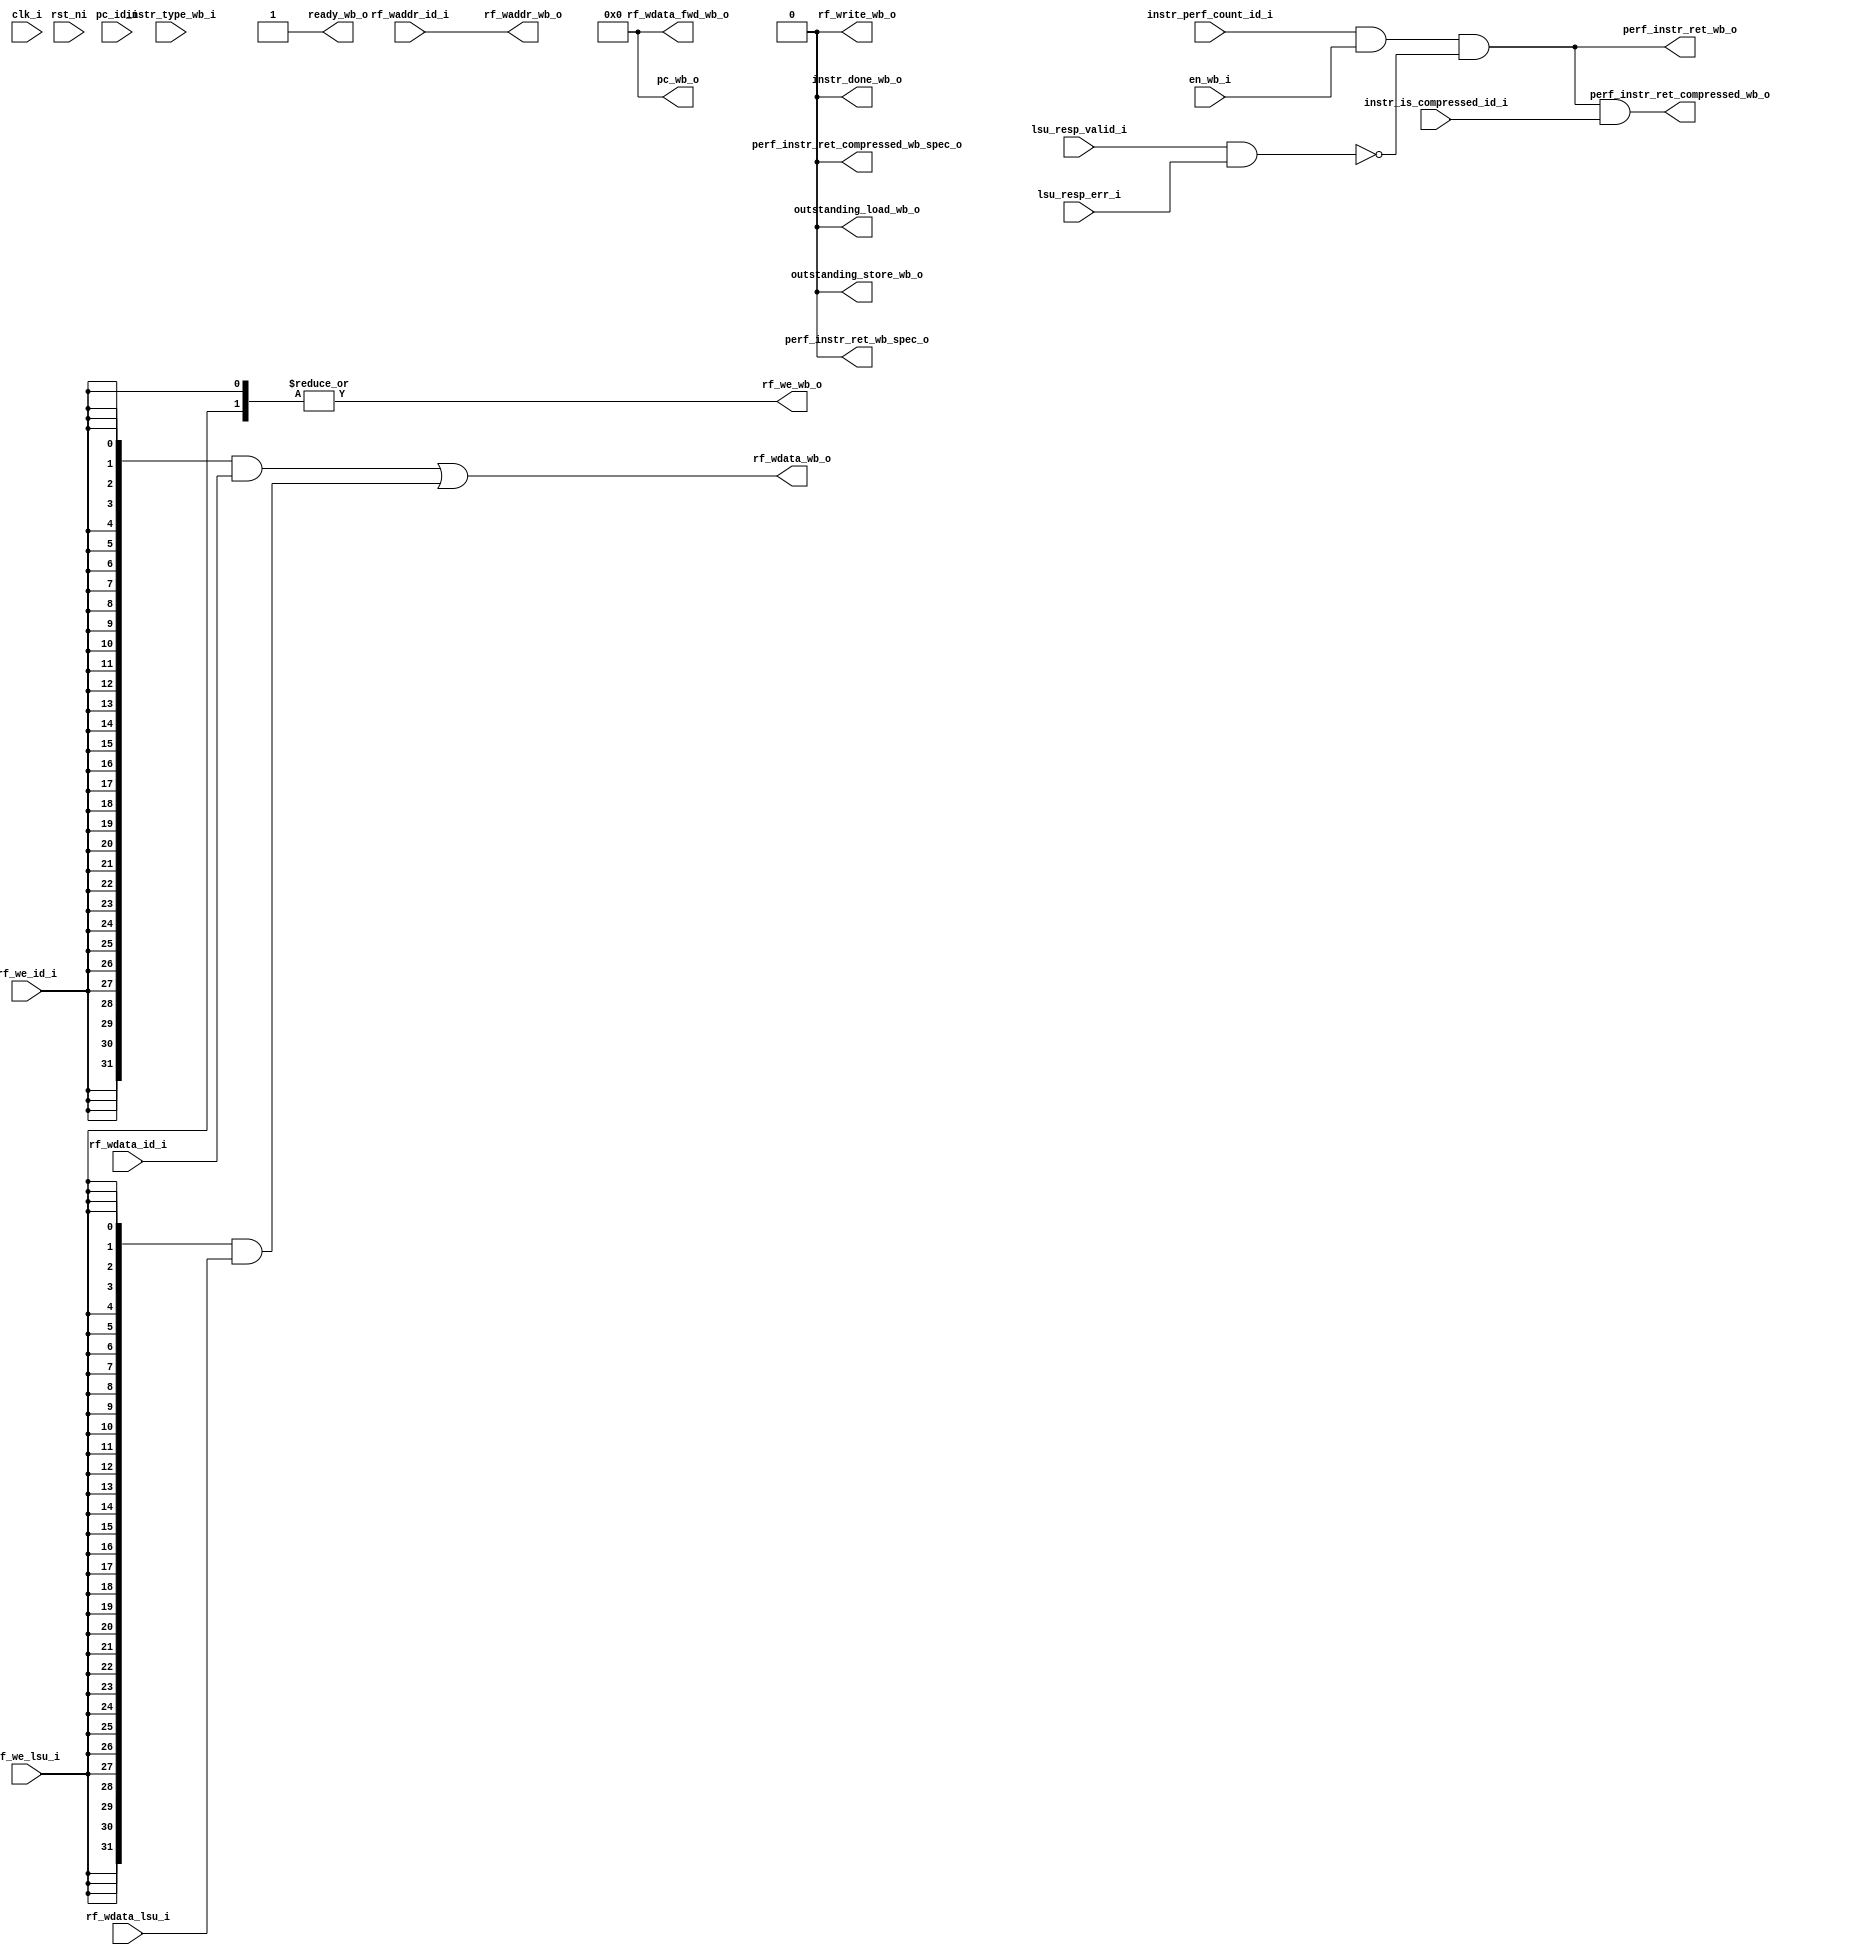
module cve2_wb_stage (
	clk_i,
	rst_ni,
	en_wb_i,
	instr_type_wb_i,
	pc_id_i,
	instr_is_compressed_id_i,
	instr_perf_count_id_i,
	ready_wb_o,
	rf_write_wb_o,
	outstanding_load_wb_o,
	outstanding_store_wb_o,
	pc_wb_o,
	perf_instr_ret_wb_o,
	perf_instr_ret_compressed_wb_o,
	perf_instr_ret_wb_spec_o,
	perf_instr_ret_compressed_wb_spec_o,
	rf_waddr_id_i,
	rf_wdata_id_i,
	rf_we_id_i,
	rf_wdata_lsu_i,
	rf_we_lsu_i,
	rf_wdata_fwd_wb_o,
	rf_waddr_wb_o,
	rf_wdata_wb_o,
	rf_we_wb_o,
	lsu_resp_valid_i,
	lsu_resp_err_i,
	instr_done_wb_o
);
	parameter [0:0] WritebackStage = 1'b0;
	input wire clk_i;
	input wire rst_ni;
	input wire en_wb_i;
	input wire [1:0] instr_type_wb_i;
	input wire [31:0] pc_id_i;
	input wire instr_is_compressed_id_i;
	input wire instr_perf_count_id_i;
	output wire ready_wb_o;
	output wire rf_write_wb_o;
	output wire outstanding_load_wb_o;
	output wire outstanding_store_wb_o;
	output wire [31:0] pc_wb_o;
	output wire perf_instr_ret_wb_o;
	output wire perf_instr_ret_compressed_wb_o;
	output wire perf_instr_ret_wb_spec_o;
	output wire perf_instr_ret_compressed_wb_spec_o;
	input wire [4:0] rf_waddr_id_i;
	input wire [31:0] rf_wdata_id_i;
	input wire rf_we_id_i;
	input wire [31:0] rf_wdata_lsu_i;
	input wire rf_we_lsu_i;
	output wire [31:0] rf_wdata_fwd_wb_o;
	output wire [4:0] rf_waddr_wb_o;
	output wire [31:0] rf_wdata_wb_o;
	output wire rf_we_wb_o;
	input wire lsu_resp_valid_i;
	input wire lsu_resp_err_i;
	output wire instr_done_wb_o;
	wire [31:0] rf_wdata_wb_mux [0:1];
	wire [1:0] rf_wdata_wb_mux_we;
	generate
		if (WritebackStage) begin : g_writeback_stage
			reg [31:0] rf_wdata_wb_q;
			reg rf_we_wb_q;
			reg [4:0] rf_waddr_wb_q;
			wire wb_done;
			reg wb_valid_q;
			reg [31:0] wb_pc_q;
			reg wb_compressed_q;
			reg wb_count_q;
			reg [1:0] wb_instr_type_q;
			wire wb_valid_d;
			assign wb_valid_d = (en_wb_i & ready_wb_o) | (wb_valid_q & ~wb_done);
			assign wb_done = (wb_instr_type_q == 2'd2) | lsu_resp_valid_i;
			always @(posedge clk_i or negedge rst_ni)
				if (!rst_ni)
					wb_valid_q <= 1'b0;
				else
					wb_valid_q <= wb_valid_d;
			if (1) begin : g_wb_regs
				always @(posedge clk_i or negedge rst_ni)
					if (!rst_ni) begin
						rf_we_wb_q <= 1'sb0;
						rf_waddr_wb_q <= 1'sb0;
						rf_wdata_wb_q <= 1'sb0;
						wb_instr_type_q <= 2'd0;
						wb_pc_q <= 1'sb0;
						wb_compressed_q <= 1'sb0;
						wb_count_q <= 1'sb0;
					end
					else if (en_wb_i) begin
						rf_we_wb_q <= rf_we_id_i;
						rf_waddr_wb_q <= rf_waddr_id_i;
						rf_wdata_wb_q <= rf_wdata_id_i;
						wb_instr_type_q <= instr_type_wb_i;
						wb_pc_q <= pc_id_i;
						wb_compressed_q <= instr_is_compressed_id_i;
						wb_count_q <= instr_perf_count_id_i;
					end
			end
			assign rf_waddr_wb_o = rf_waddr_wb_q;
			assign rf_wdata_wb_mux[0] = rf_wdata_wb_q;
			assign rf_wdata_wb_mux_we[0] = rf_we_wb_q & wb_valid_q;
			assign ready_wb_o = ~wb_valid_q | wb_done;
			assign rf_write_wb_o = wb_valid_q & (rf_we_wb_q | (wb_instr_type_q == 2'd0));
			assign outstanding_load_wb_o = wb_valid_q & (wb_instr_type_q == 2'd0);
			assign outstanding_store_wb_o = wb_valid_q & (wb_instr_type_q == 2'd1);
			assign pc_wb_o = wb_pc_q;
			assign instr_done_wb_o = wb_valid_q & wb_done;
			assign perf_instr_ret_wb_spec_o = wb_count_q;
			assign perf_instr_ret_compressed_wb_spec_o = perf_instr_ret_wb_spec_o & wb_compressed_q;
			assign perf_instr_ret_wb_o = (instr_done_wb_o & wb_count_q) & ~(lsu_resp_valid_i & lsu_resp_err_i);
			assign perf_instr_ret_compressed_wb_o = perf_instr_ret_wb_o & wb_compressed_q;
			assign rf_wdata_fwd_wb_o = rf_wdata_wb_q;
		end
		else begin : g_bypass_wb
			assign rf_waddr_wb_o = rf_waddr_id_i;
			assign rf_wdata_wb_mux[0] = rf_wdata_id_i;
			assign rf_wdata_wb_mux_we[0] = rf_we_id_i;
			assign perf_instr_ret_wb_spec_o = 1'b0;
			assign perf_instr_ret_compressed_wb_spec_o = 1'b0;
			assign perf_instr_ret_wb_o = (instr_perf_count_id_i & en_wb_i) & ~(lsu_resp_valid_i & lsu_resp_err_i);
			assign perf_instr_ret_compressed_wb_o = perf_instr_ret_wb_o & instr_is_compressed_id_i;
			assign ready_wb_o = 1'b1;
			wire unused_clk;
			wire unused_rst;
			wire [1:0] unused_instr_type_wb;
			wire [31:0] unused_pc_id;
			assign unused_clk = clk_i;
			assign unused_rst = rst_ni;
			assign unused_instr_type_wb = instr_type_wb_i;
			assign unused_pc_id = pc_id_i;
			assign outstanding_load_wb_o = 1'b0;
			assign outstanding_store_wb_o = 1'b0;
			assign pc_wb_o = 1'sb0;
			assign rf_write_wb_o = 1'b0;
			assign rf_wdata_fwd_wb_o = 32'b00000000000000000000000000000000;
			assign instr_done_wb_o = 1'b0;
		end
	endgenerate
	assign rf_wdata_wb_mux[1] = rf_wdata_lsu_i;
	assign rf_wdata_wb_mux_we[1] = rf_we_lsu_i;
	assign rf_wdata_wb_o = ({32 {rf_wdata_wb_mux_we[0]}} & rf_wdata_wb_mux[0]) | ({32 {rf_wdata_wb_mux_we[1]}} & rf_wdata_wb_mux[1]);
	assign rf_we_wb_o = |rf_wdata_wb_mux_we;
endmodule